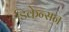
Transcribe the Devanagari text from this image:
डिकेन्सन